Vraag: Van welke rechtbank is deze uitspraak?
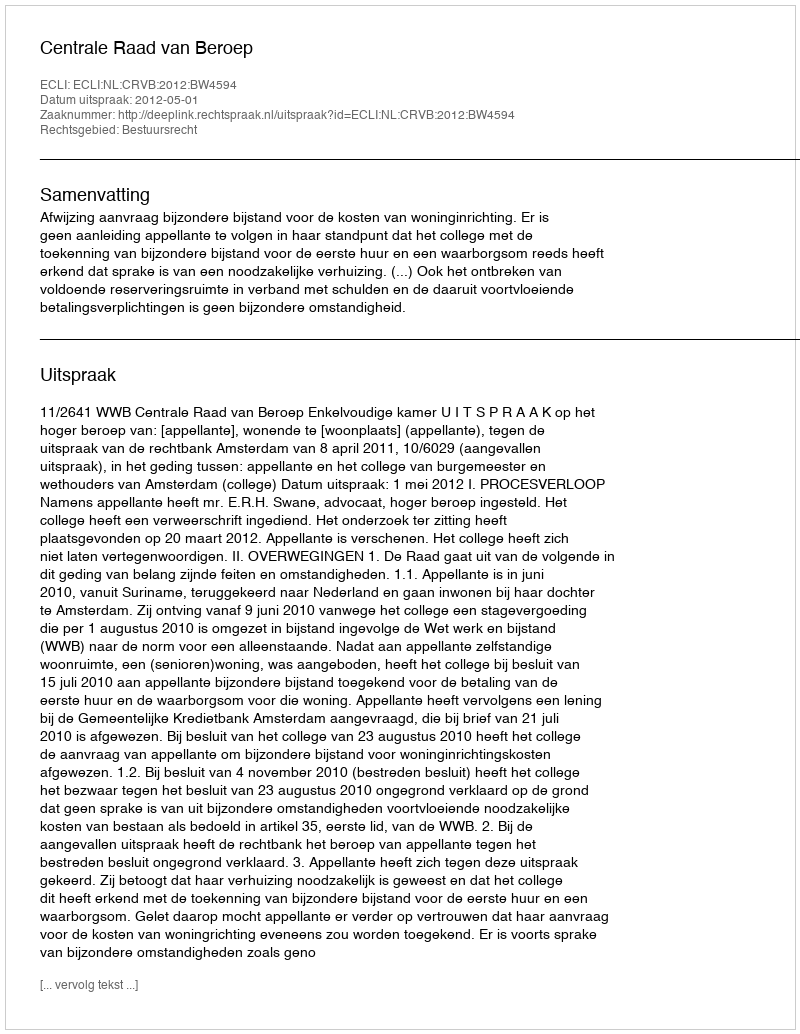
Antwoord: Centrale Raad van Beroep